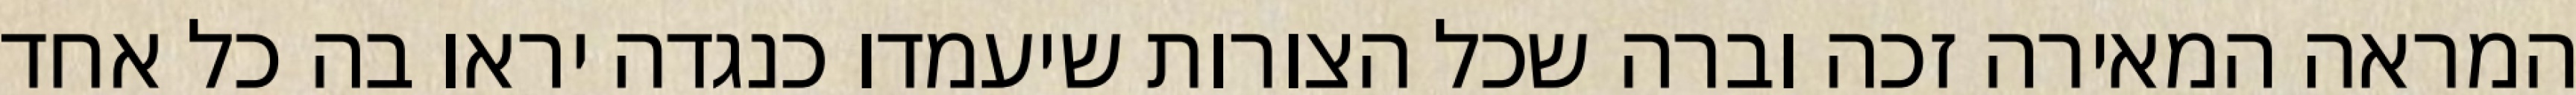
המראה המאירה זכה וברה שכל הצורות שיעמדו כנגדה יראו בה כל אחד